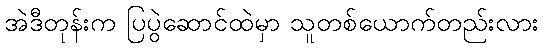
အဲဒီတုန်းက ပြပွဲဆောင်ထဲမှာ သူတစ်ယောက်တည်းလား